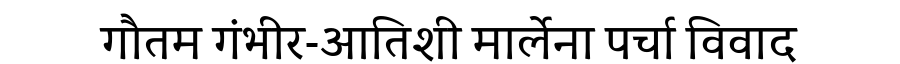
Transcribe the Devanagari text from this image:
गौतम गंभीर-आतिशी मार्लेना पर्चा विवाद